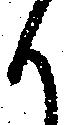
も